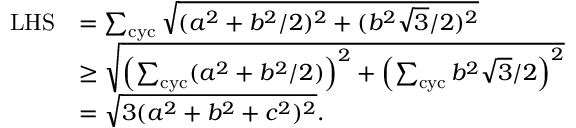
\begin{array} { r l } { \mathrm { L H S } } & { = \sum _ { \mathrm { c y c } } \sqrt { ( a ^ { 2 } + b ^ { 2 } / 2 ) ^ { 2 } + ( b ^ { 2 } \sqrt { 3 } / 2 ) ^ { 2 } } } \\ & { \ge \sqrt { \left( \sum _ { \mathrm { c y c } } ( a ^ { 2 } + b ^ { 2 } / 2 ) \right) ^ { 2 } + \left( \sum _ { \mathrm { c y c } } b ^ { 2 } \sqrt { 3 } / 2 \right) ^ { 2 } } } \\ & { = \sqrt { 3 ( a ^ { 2 } + b ^ { 2 } + c ^ { 2 } ) ^ { 2 } } . } \end{array}